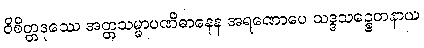
ဝိစိတ္တဒုဿေ အတ္တသမ္မာပဏိဓာနေန အရဏောပေ သဒ္ဒသဉ္စေတနာယ